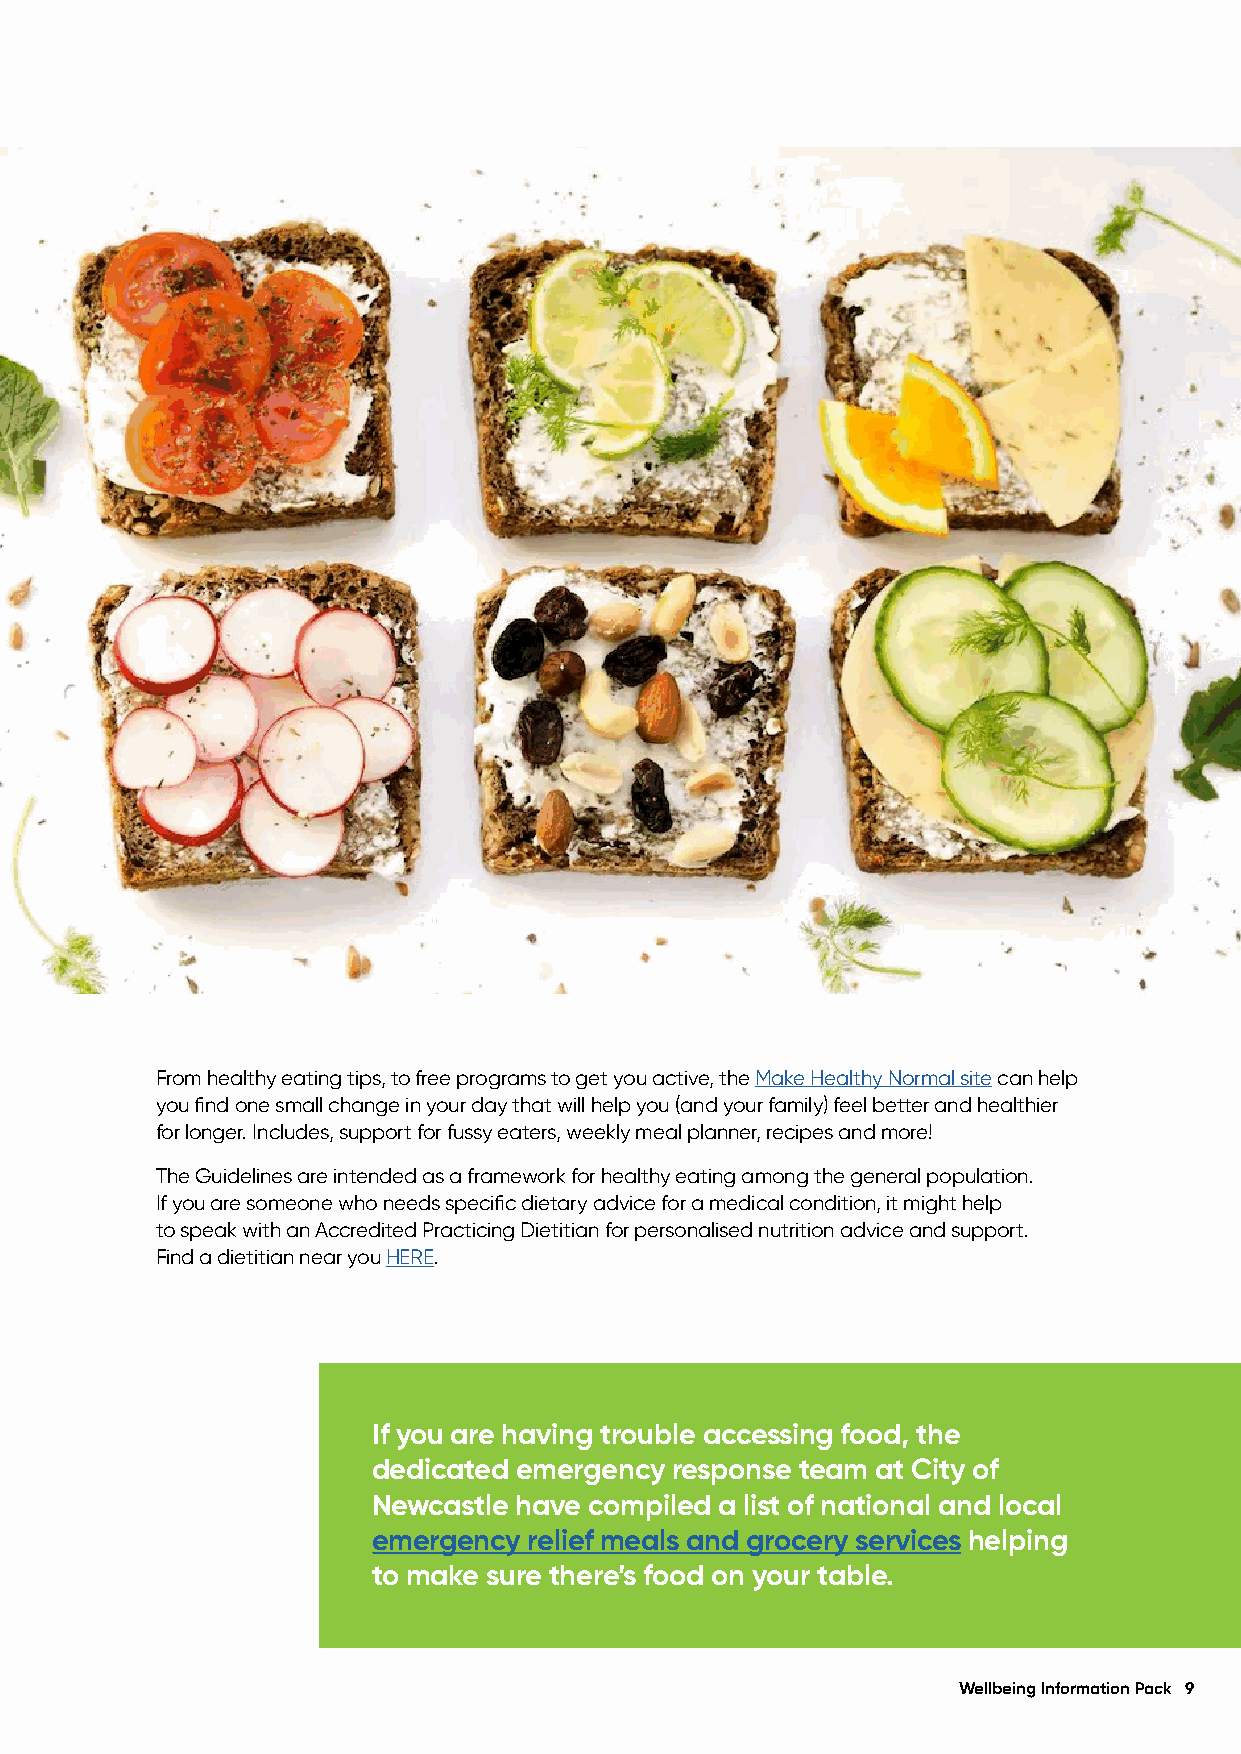
From healthy eating tips, to free programs to get you active, the Make Healthy Normal site can help
 you find one small change in your day that will help you (and your family) feel better and healthier
 for longer. Includes, support for fussy eaters, weekly meal planner, recipes and more!
 The Guidelines are intended as a framework for healthy eating among the general population.
 If you are someone who needs specific dietary advice for a medical condition, it might help
 to speak with an Accredited Practicing Dietitian for personalised nutrition advice and support.
 Find a dietitian near you HERE.
 If you are having trouble accessing food, the
 dedicated emergency response team at City of
 Newcastle have compiled a list of national and local
 emergency relief meals and grocery services helping
 to make sure there’s food on your table.
 Wellbeing Information Pack 9